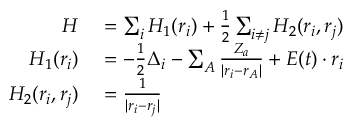
\begin{array} { r l } { H } & { { } = \sum _ { i } H _ { 1 } ( \boldsymbol { r _ { i } } ) + \frac { 1 } { 2 } \sum _ { i \neq j } H _ { 2 } ( \boldsymbol { r _ { i } } , \boldsymbol { r _ { j } } ) } \\ { H _ { 1 } ( \boldsymbol { r _ { i } } ) } & { { } = - \frac { 1 } { 2 } \Delta _ { i } - \sum _ { A } \frac { Z _ { a } } { | \boldsymbol { r } _ { i } - \boldsymbol { r } _ { A } | } + \boldsymbol { E } ( t ) \cdot \boldsymbol { r } _ { i } } \\ { H _ { 2 } ( \boldsymbol { r _ { i } } , \boldsymbol { r _ { j } } ) } & { { } = \frac { 1 } { | \boldsymbol { r } _ { i } - \boldsymbol { r } _ { j } | } } \end{array}